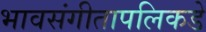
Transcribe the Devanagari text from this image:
भावसंगीतापलिकडे